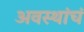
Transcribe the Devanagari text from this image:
अवस्थांचं